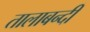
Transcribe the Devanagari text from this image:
तालाबन्दी